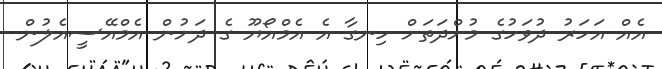
އެއް އަަހަރު ދުވަހުގެ މުށްދަތަށް ހިނގާ އެ އެމްއޯޔޫ ގެ ދަށުން އެމްއޭސީއެލުން